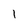
Character: 1